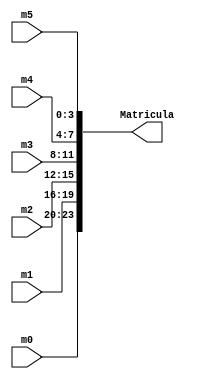
`timescale 1ns / 1ps
//////////////////////////////////////////////////////////////////////////////////
// Company: 
// Engineer: 
// 
// Design Name: 
// Module Name:    FormarMatriculaCompleta 
// Project Name: 
// Target Devices: 
// Tool versions: 
// Description: 
//
// Dependencies: 
//
// Revision: 
// Revision 0.01 - File Created
// Additional Comments: 
//
//////////////////////////////////////////////////////////////////////////////////
module FormarMatriculaCompleta(m0,m1,m2,m3,m4,m5,Matricula);
	input [3:0] m0,m1,m2,m3,m4,m5;
	output [23:0] Matricula;
	reg [23:0] Matricula;
	
always@(m0,m1,m2,m3,m4,m5)
	Matricula = {m0, m1, m2, m3, m4, m5};
		
endmodule